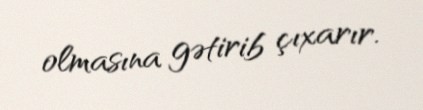
olmasına gətirib çıxarır.